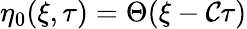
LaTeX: \eta_{0}(\xi,\tau)=\Theta(\xi-\mathcal{C}\tau)